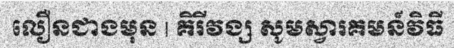
លឿនជាងមុន | គិរីវង្ស សូមស្វារគមន៍វិធី